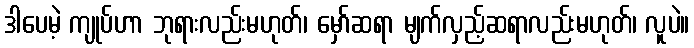
ဒါပေမဲ့ ကျုပ်ဟာ ဘုရားလည်းမဟုတ်၊ မှော်ဆရာ မျက်လှည့်ဆရာလည်းမဟုတ်၊ လူပဲ။